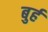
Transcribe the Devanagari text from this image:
बुर्ह